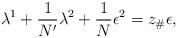
LaTeX: \begin{align*}\lambda^{1} + \frac{1}{N'} \lambda^{2} + \frac1{N} \epsilon^{2} =z_\#\epsilon,\end{align*}